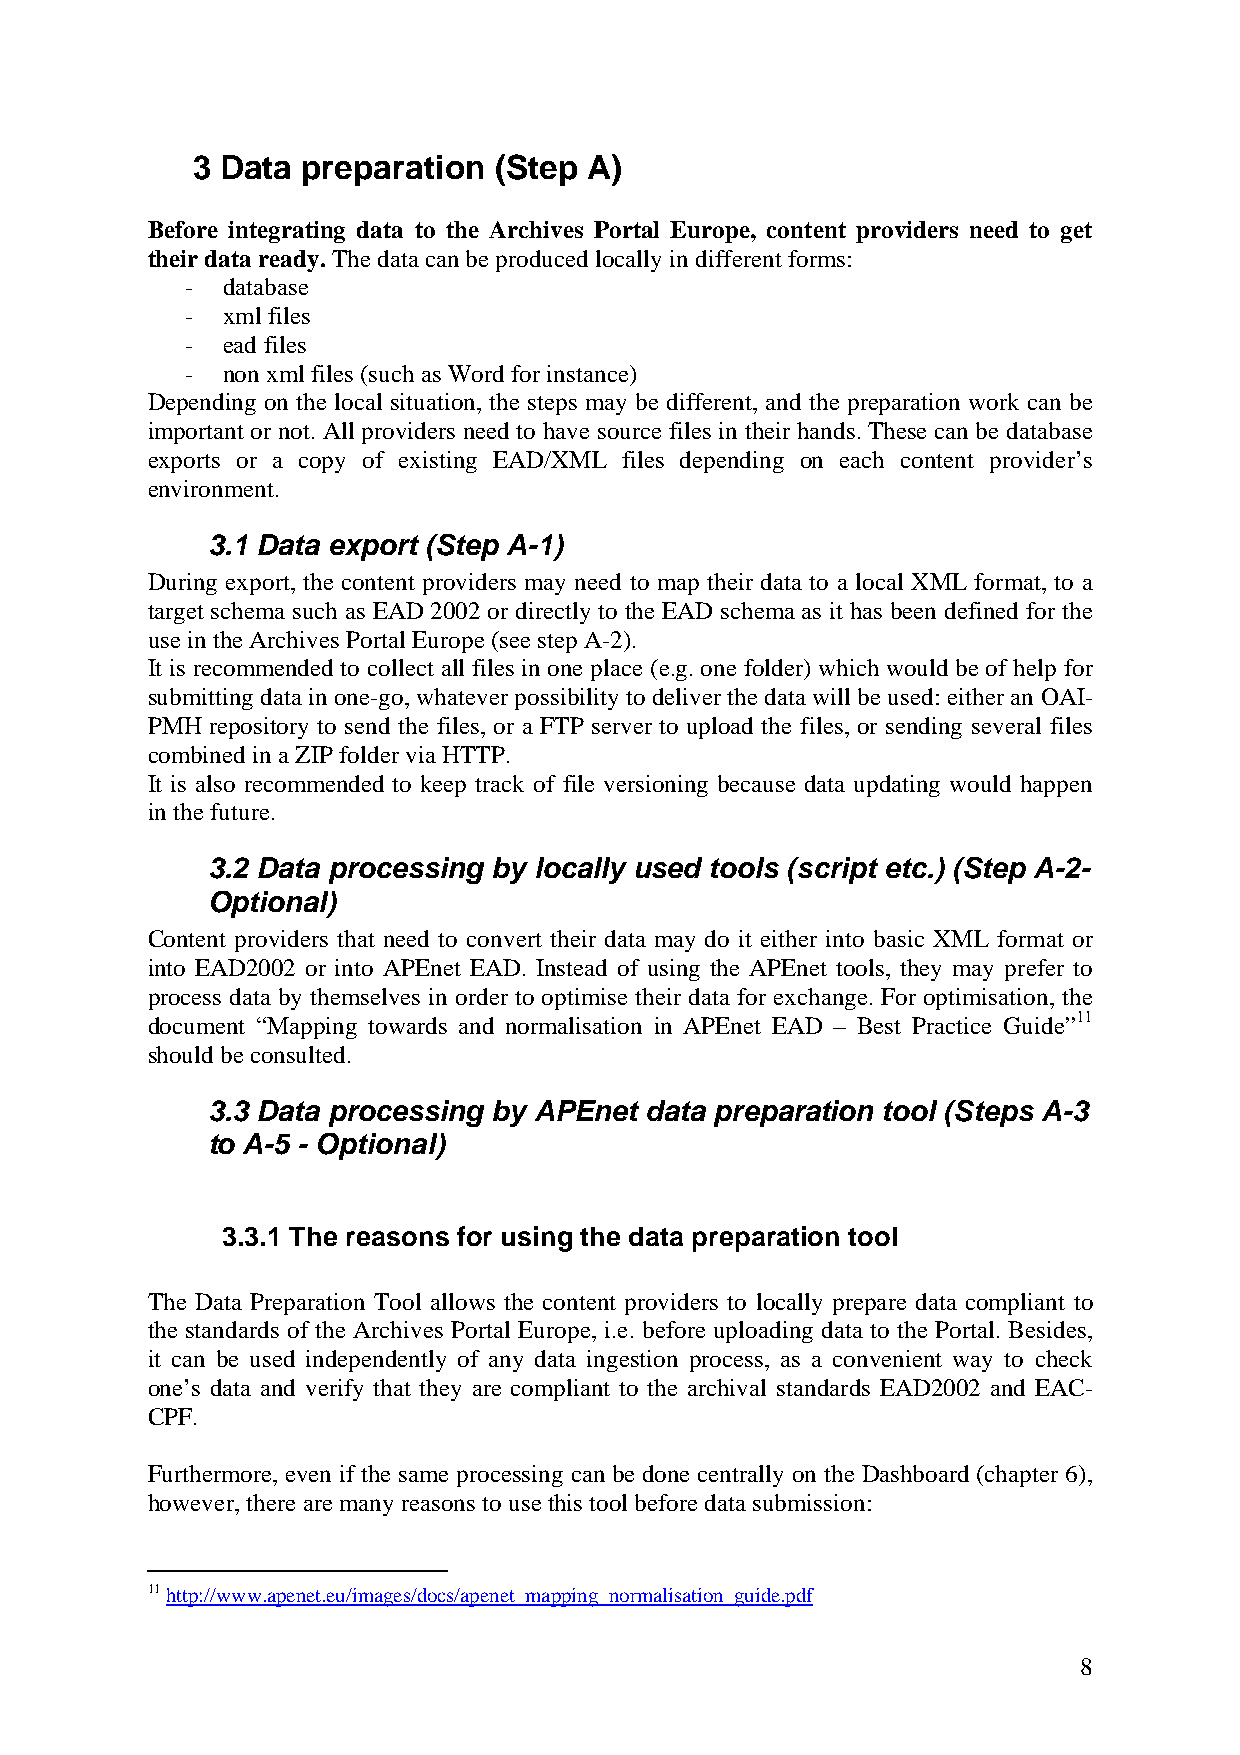
3 Data preparation  (Step A)
 Before integrating data to the Archives Portal Europe, content providers need to get
 their data ready. The data can be produced locally in different forms:
 -  database
 -  xml files
 -  ead files
 -  non xml files (such as Word for instance)
 Depending on the local situation, the steps may be different, and the preparation work can be
 important or not. All providers need to have source files in their hands. These can be database
 exports or a copy of existing EAD/XML files depending on each content provider’s
 environment.
 3.1 Data export (Step A-1)
 During export, the content providers may need to map their data to a local XML format, to a
 target schema such as EAD 2002 or directly to the EAD schema as it has been defined for the
 use in the Archives Portal Europe (see step A-2).
 It is recommended to collect all files in one place (e.g. one folder) which would be of help for
 submitting data in one-go, whatever possibility to deliver the data will be used: either an OAI-
 PMH repository to send the files, or a FTP server to upload the files, or sending several files
 combined in a ZIP folder via HTTP.
 It is also recommended to keep track of file versioning because data updating would happen
 in the future.
 3.2 Data processing by locally used tools (script etc.) (Step A-2-
 Optional)
 Content providers that need to convert their data may do it either into basic XML format or
 into EAD2002 or into APEnet EAD. Instead of using the APEnet tools, they may prefer to
 process data by themselves in order to optimise their data for exchange. For optimisation, the
 document “Mapping towards and normalisation in APEnet EAD – Best Practice Guide”11
 should be consulted.
 3.3 Data processing by APEnet data preparation tool (Steps A-3
 to A-5 - Optional)
 3.3.1 The reasons for using the data preparation tool
 The Data Preparation Tool allows the content providers to locally prepare data compliant to
 the standards of the Archives Portal Europe, i.e. before uploading data to the Portal. Besides,
 it can be used independently of any data ingestion process, as a convenient way to check
 one’s data and verify that they are compliant to the archival standards EAD2002 and EAC-
 CPF.
 Furthermore, even if the same processing can be done centrally on the Dashboard (chapter 6),
 however, there are many reasons to use this tool before data submission:
 11 http://www.apenet.eu/images/docs/apenet_mapping_normalisation_guide.pdf
 8